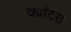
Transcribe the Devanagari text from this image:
क्योँटरा